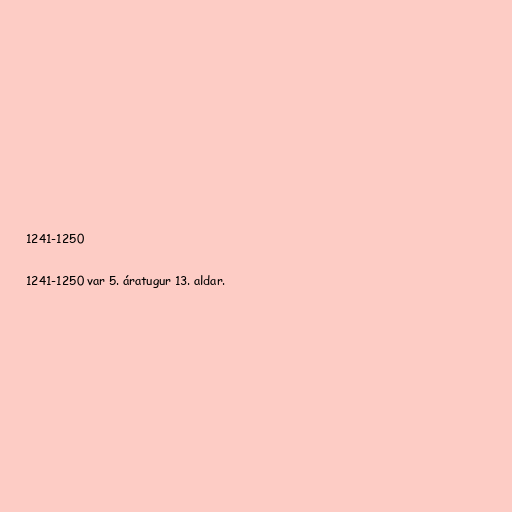
1241-1250

1241-1250 var 5. áratugur 13. aldar.